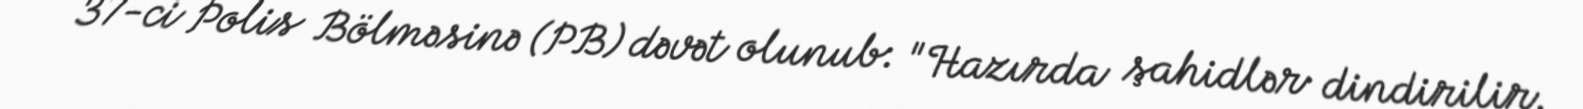
37-ci Polis Bölməsinə (PB) dəvət olunub: "Hazırda şahidlər dindirilir.